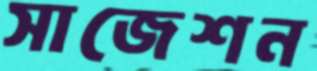
সাজেশন